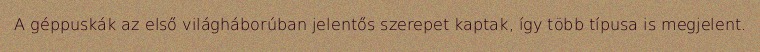
A géppuskák az első világháborúban jelentős szerepet kaptak, így több típusa is megjelent.